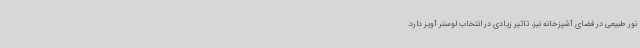
نور طبیعی در فضای آشپزخانه نیز، تاثیر زیادی در انتخاب لوستر آویز دارد.